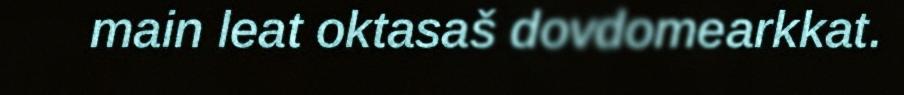
main leat oktasaš dovdomearkkat.